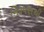
નિરૂપણથી